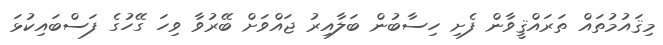
މިޤައުމުތައް ތަރައްޤީވާން ފެށި ހިސާބުން ބަލާއިރު ޖައްވަށް ބޭރުވާ ވިހަ ގޭހުގެ ފަސްބައިކުޅަ